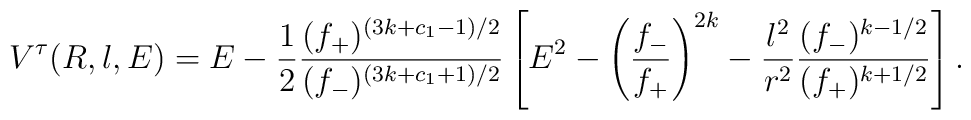
V^{\tau}(R,l,E) = E - \frac{1}{2} \frac{(f_+)^{(3k+c_1-1)/2}}{(f_-)^{(3k+c_1+1)/2}} \left[ E^2 - \left(\frac{f_-}{f_+} \right)^{2k}  - \frac{l^2}{r^2 } \frac{(f_-)^{k-1/2}}{(f_+)^{k+1/2}} \right].